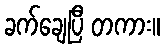
ခက်ချေပြီ တကား။